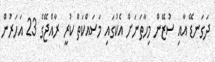
ދަގަނޑޭ އާއި ސުޒޭން މިހާތަނަށް އެކުގައި މަސައްކަތް ކުރީ ރާއްޖޭގެ 23 އަހަރުން